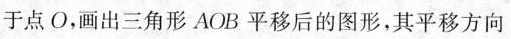
于点O，画出三角形AOB平移后的图形，其平移方向